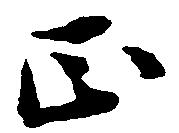
正